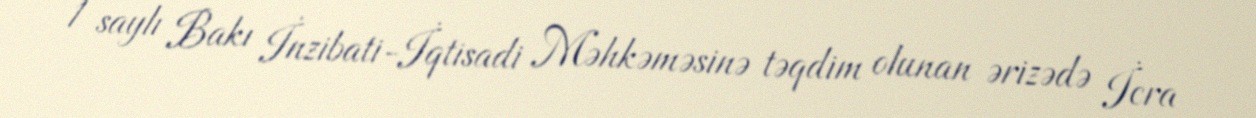
1 saylı Bakı İnzibati-İqtisadi Məhkəməsinə təqdim olunan ərizədə İcra